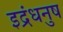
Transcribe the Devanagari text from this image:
इद्रंधनुष